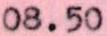
08.50